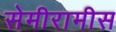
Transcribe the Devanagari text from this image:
सेमीरामीस